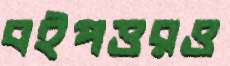
বইপত্তরও